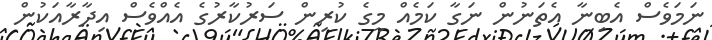
ނަމަވެސް އެބިނާ އެތަނުން ނަގާ ކަމެއް މީގެ ކުރިން ސަރުކާރުގެ އެއްވެސް އިދާރާއަކުން